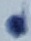
Text: 2